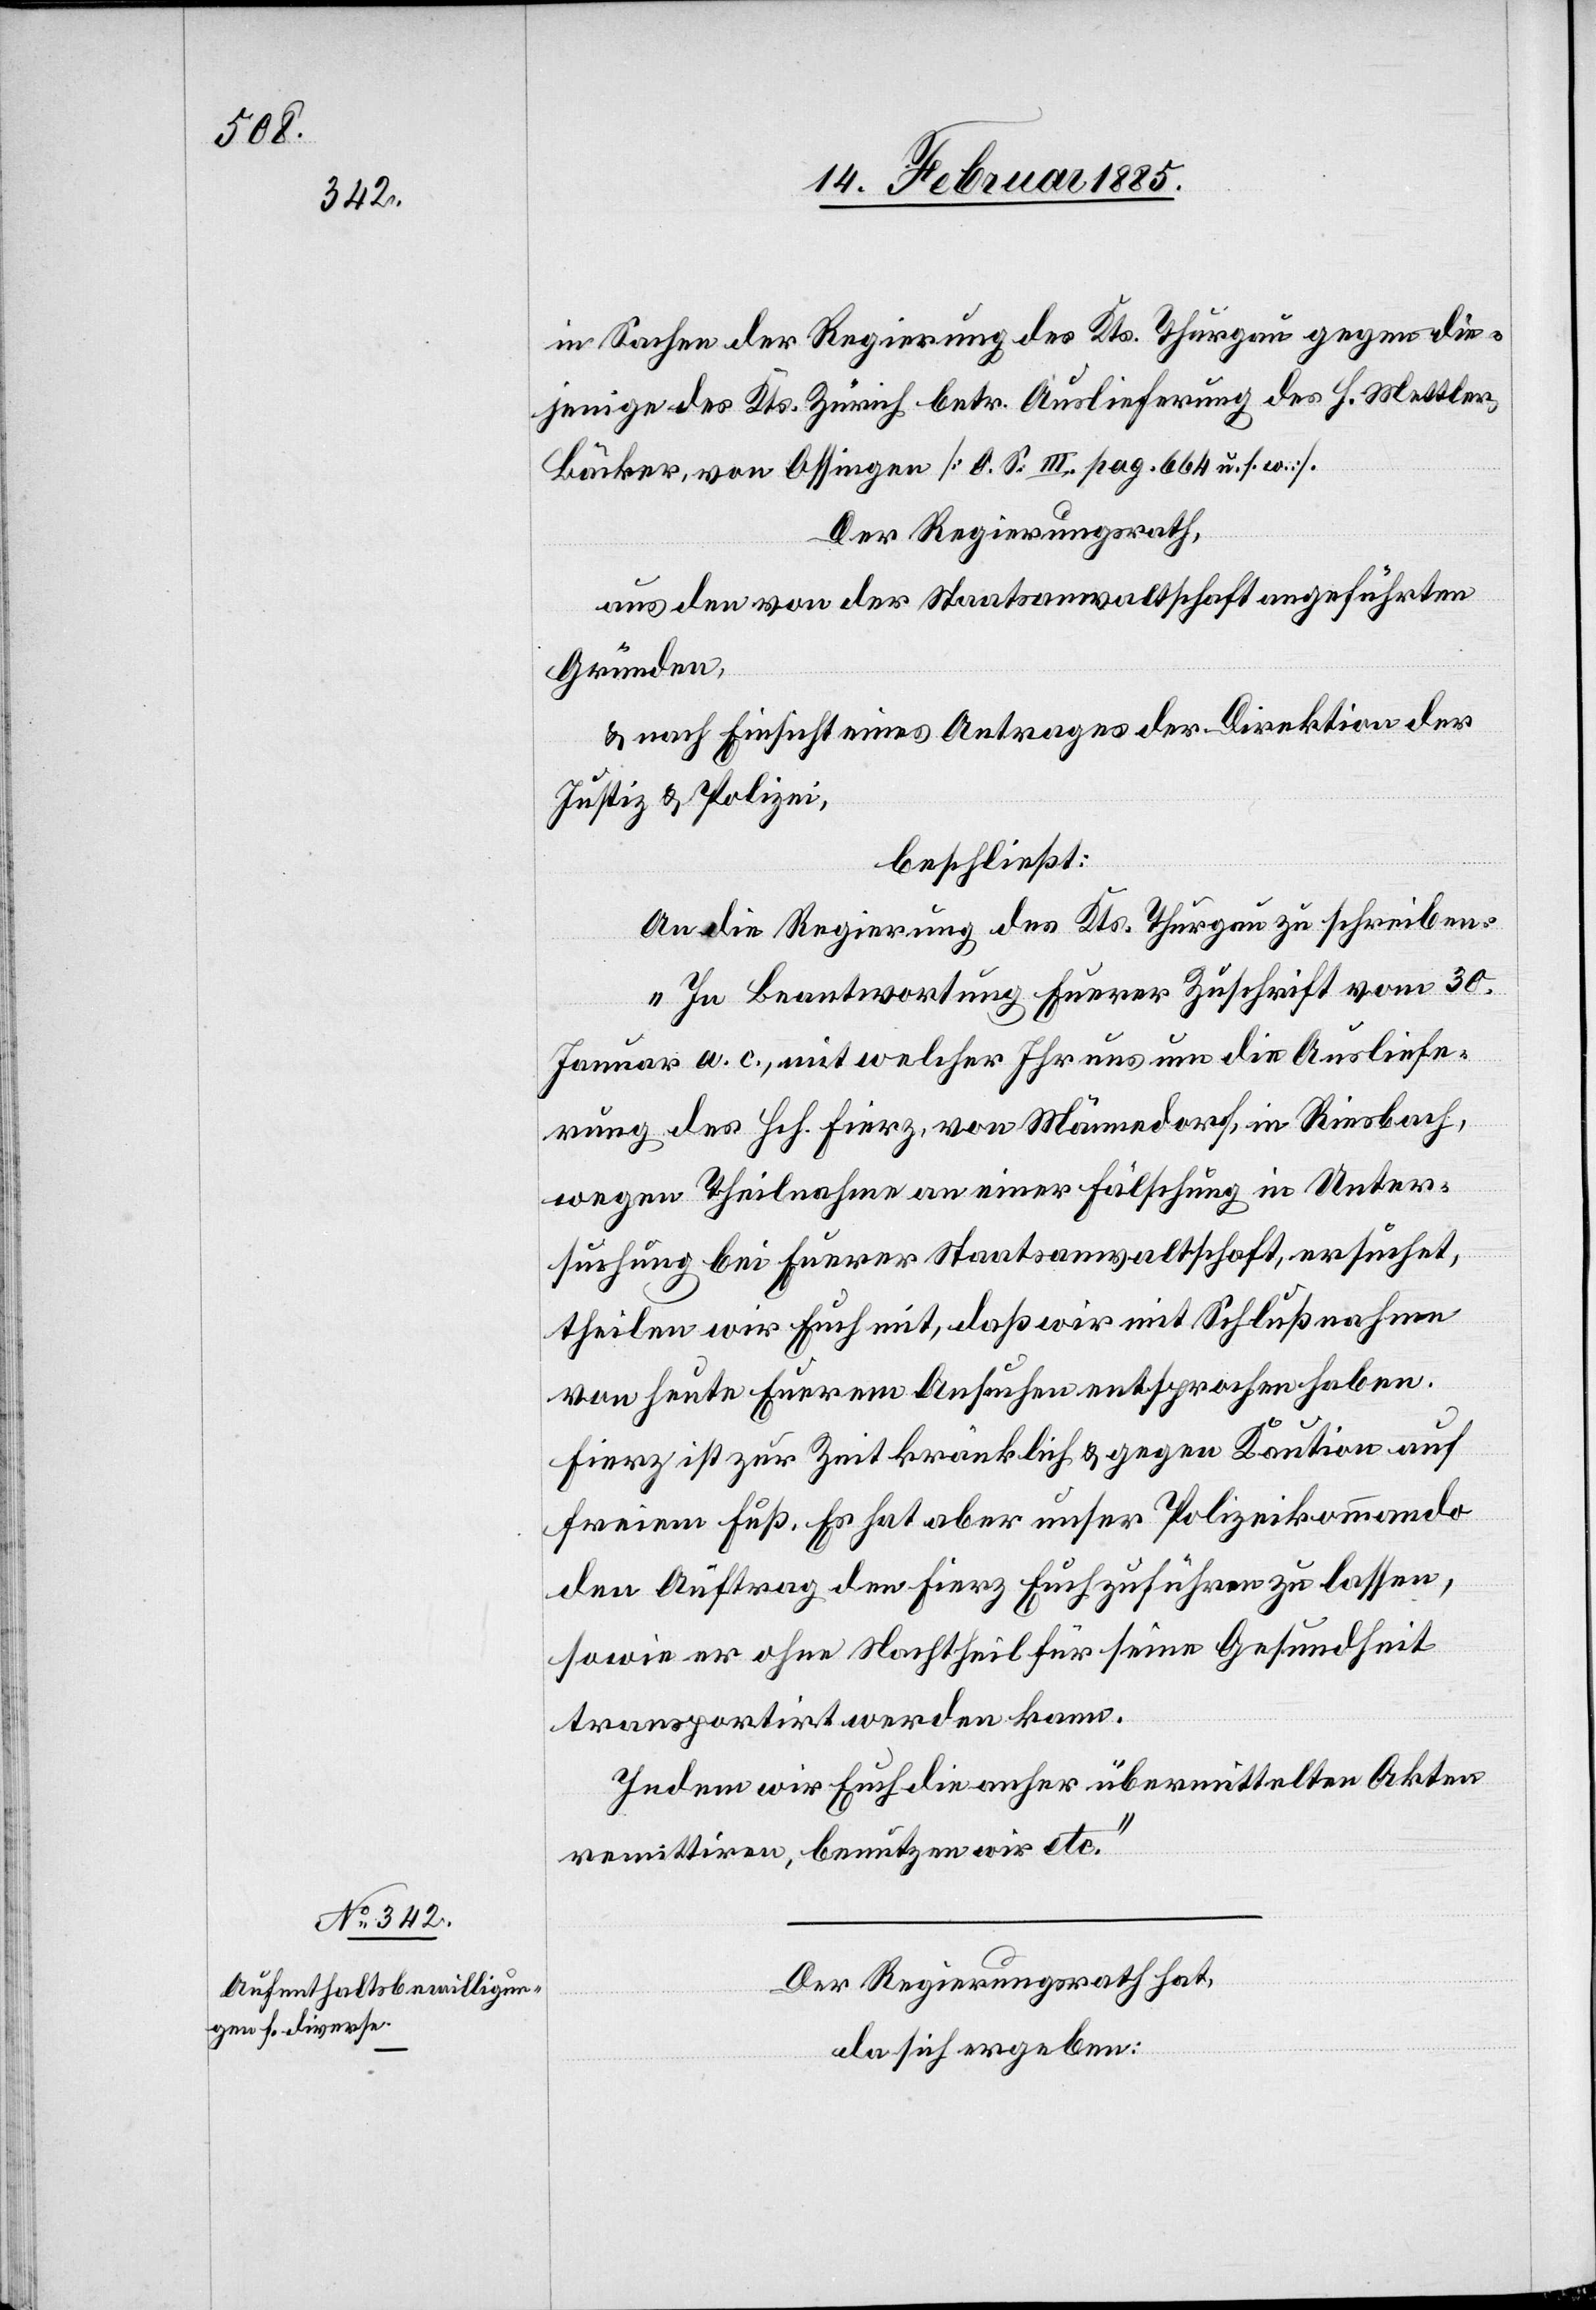
in Sachen der Regierung des Kts. Thurgau gegen die¬
jenige des Kts. Zürich betr. Auslieferung des H. Mettler,
Bäcker, von Ossingen [O. S. III. pag. 664 u. s. w.].
Der Regierungsrath,
aus den von der Staatsanwaltschaft angeführten
Gründen,
& nach Einsicht eines Antrages der Direktion der
Justiz & Polizei,
beschließt:
An die Regierung des Kts. Thurgau zu schreiben:
„In Beantwortung Eurer Zuschrift vom 30.
Januar a. c., mit welcher Ihr uns um die Ausliefe¬
rung des Hch. Fierz, von Männedorf, in Riesbach,
wegen Theilnahme an einer Fälschung in Unter¬
suchung bei Euerer Staatsanwaltschaft, ersuchet,
theilen wir Euch mit, daß wir mit Schlußnahme
von heute Euerem Ansuchen entsprochen haben.
Fierz ist zur Zeit kränklich & gegen Kaution auf
freiem Fuß. Es hat aber unser Polizeikommando
den Auftrag den Fierz Euch zuführen zu lassen,
sowie er ohne Nachtheil für seine Gesundheit
transportirt werden kann.
Indem wir Euch die anher übermittelten Akten
remittiren, benutzen wir etc.“
Der Regierungsrath hat,
da sich ergeben: